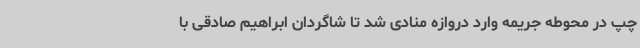
چپ در محوطه جریمه وارد دروازه منادی شد تا شاگردان ابراهیم صادقی با